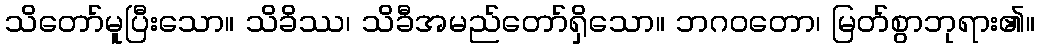
သိတော်မူပြီးသော။ သိခိဿ၊ သိခီအမည်တော်ရှိသော။ ဘဂဝတော၊ မြတ်စွာဘုရား၏။